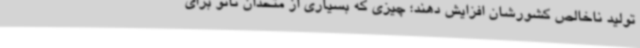
تولید ناخالص کشورشان افزایش دهند؛ چیزی که بسیاری از متحدان ناتو برای